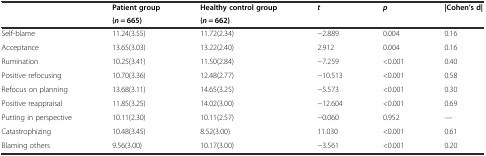
<table><thead><tr><td rowspan="2">[EMPTY_CELL]</td><td><b>Patient group</b></td><td><b>Healthy control group</b></td><td rowspan="2"><b><i>t</i></b></td><td rowspan="2"><b><i>p</i></b></td><td rowspan="2"><b>|Cohen’s d|</b></td></tr><tr><td><b>(<i>n</i> = 665)</b></td><td><b>(<i>n</i> = 662)</b></td></tr></thead><tbody><tr><td>Self-blame</td><td>11.24(3.55)</td><td>11.72(2.34)</td><td>−2.889</td><td>0.004</td><td>0.16</td></tr><tr><td>Acceptance</td><td>13.65(3.03)</td><td>13.22(2.40)</td><td>2.912</td><td>0.004</td><td>0.16</td></tr><tr><td>Rumination</td><td>10.25(3.41)</td><td>11.50(2.84)</td><td>−7.259</td><td>&lt;0.001</td><td>0.40</td></tr><tr><td>Positive refocusing</td><td>10.70(3.36)</td><td>12.48(2.77)</td><td>−10.513</td><td>&lt;0.001</td><td>0.58</td></tr><tr><td>Refocus on planning</td><td>13.68(3.11)</td><td>14.65(3.25)</td><td>−5.573</td><td>&lt;0.001</td><td>0.30</td></tr><tr><td>Positive reappraisal</td><td>11.85(3.25)</td><td>14.02(3.00)</td><td>−12.604</td><td>&lt;0.001</td><td>0.69</td></tr><tr><td>Putting in perspective</td><td>10.11(2.30)</td><td>10.11(2.57)</td><td>−0.060</td><td>0.952</td><td>—</td></tr><tr><td>Catastrophizing</td><td>10.48(3.45)</td><td>8.52(3.00)</td><td>11.030</td><td>&lt;0.001</td><td>0.61</td></tr><tr><td>Blaming others</td><td>9.56(3.00)</td><td>10.17(3.00)</td><td>−3.561</td><td>&lt;0.001</td><td>0.20</td></tr></tbody></table>